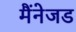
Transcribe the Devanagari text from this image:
मैंनेजड